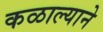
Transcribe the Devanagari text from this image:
कळाल्याने